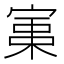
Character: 𡩪